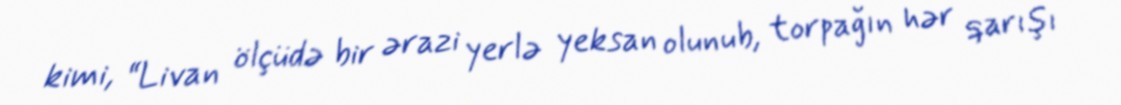
kimi, “Livan ölçüdə bir ərazi yerlə yeksan olunub, torpağın hər qarışı